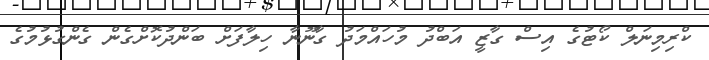
ކްރިމިނަލް ކޯޓުގެ އިސް ގާޒީ އަބްދު މުހައްމަދު ގާނޫނާ ހިލާފަށް ބަންދުކޮށްގެން ގެންގުޅުމުގެ